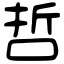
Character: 哲